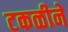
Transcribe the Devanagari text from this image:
टकळीने